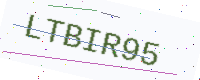
Text: LTBIR95